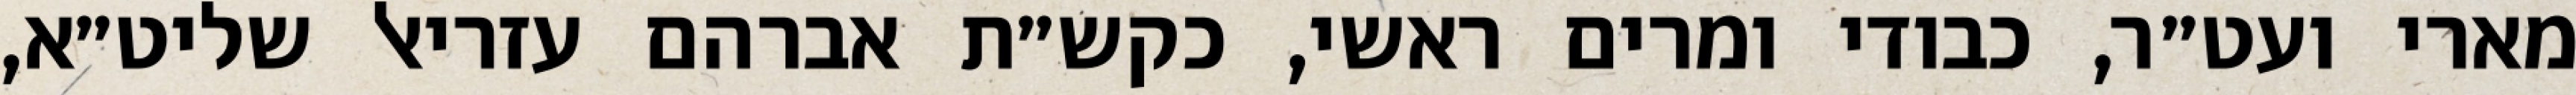
מארי ועט״ר, כבודי ומרים ראשי, כקש״ת אברהם עזריאל שליט״א,